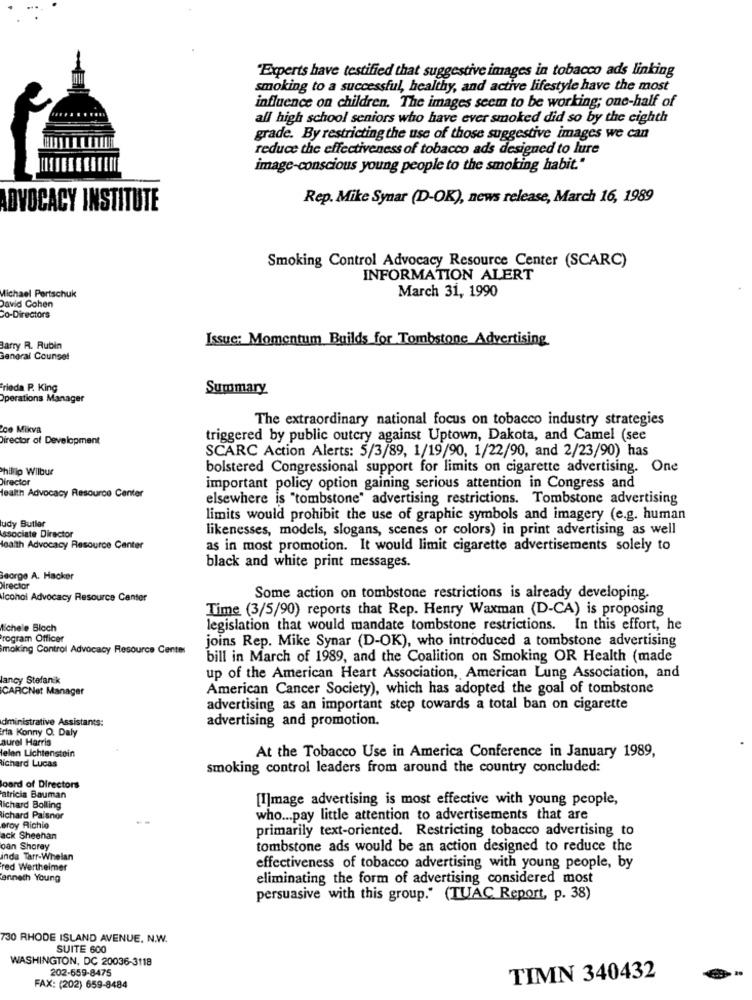
"Experts have testified that suggestive images in tobacco ads linking
smoking to a successful, healthy, and active lifestyle have the most
influence on children, The images seem to be working; one-half of
all high school seniors who have ever smoked did so by the eighth
grade. By restricting the use of those suggestive images we can
reduce the effectiveness of tobacco ads designed to lure
image-conscious young people to the smoking habit."
Rep. Mike Synar (D-OK), news release, March 16, 1989
ADVOCACY INSTITUTE
Smoking Control Advocacy Resource Center (SCARC)
INFORMATION ALERT
March 31, 1990
Michael Pertschuk
David Cohen
Co-Directors
Issue: Momentum Builds for Tombstone Advertising
Barry R. Rubin
General Counsel
frieda P. King
Summary
Operations Manager
The extraordinary national focus on tobacco industry strategies
ce Mikva
Director of Development
triggered by public outcry against Uptown, Dakota, and Camel (see
SCARC Action Alerts: 5/3/89, 1/19/90, 1/22/90, and 2/23/90) has
Phillip Wilbur
bolstered Congressional support for limits on cigarette advertising. One
Director
Health Advocacy Resource Center
important policy option gaining serious attention in Congress and
elsewhere is "tombstone" advertising restrictions. Tombstone advertising
limits would prohibit the use of graphic symbols and imagery (e.g. human
udy Butler
Associate Director
likenesses, models, slogans, scenes or colors) in print advertising as well
Health Advocacy Resource Center
as in most promotion. It would limit cigarette advertisements solely to
black and white print messages.
George A. Hacker
Director
Iconol Advocacy Resource Canter
Some action on tombstone restrictions is already developing.
Time (3/5/90) reports that Rep. Henry Waxman (D-CA) is proposing
lichele Bloch
legislation that would mandate tombstone restrictions. In this effort, he
rogram Officer
joins Rep. Mike Synar (D-OK), who introduced a tombstone advertising
moking Control Advocacy Resource Center
bill in March of 1989, and the Coalition on Smoking OR Health (made
ancy Stefan k
up of the American Heart Association, American Lung Association, and
CARCNet Manager
American Cancer Society), which has adopted the goal of tombstone
advertising as an important step towards a total ban on cigarette
dministrative Assistants:
advertising and promotion.
rta Konny O. Daly
aurel Harris
lelen Lichtenstein
At the Tobacco Use in America Conference in January 1989,
Richard Lucas
smoking control leaders from around the country concluded:
board of Directors
atricia Bauman
[I]mage advertising is most effective with young people,
Richard Bolling
ichard Paisnor
who ... pay little attention to advertisements that are
eroy Richie
primarily text-oriented. Restricting tobacco advertising to
ack Sheehan
oan Shoray
tombstone ads would be an action designed to reduce the
inda Tarr-Whelan
red Wertheimer
effectiveness of tobacco advertising with young people, by
anneth Young
eliminating the form of advertising considered most
persuasive with this group." (TUAC Report, p. 38)
730 RHODE ISLAND AVENUE. N.W.
SUITE 600
WASHINGTON, DC 20036-3118
202-659-8475
TIMN 340432
FAX: (202) 659-8484